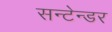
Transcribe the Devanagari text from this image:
सन्टेन्डर